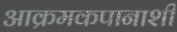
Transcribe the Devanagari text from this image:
आक्रमकपानाशी